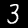
Digit: 3